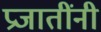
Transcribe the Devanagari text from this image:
प्रजातींनी